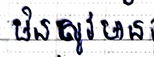
មិនសូវមាន